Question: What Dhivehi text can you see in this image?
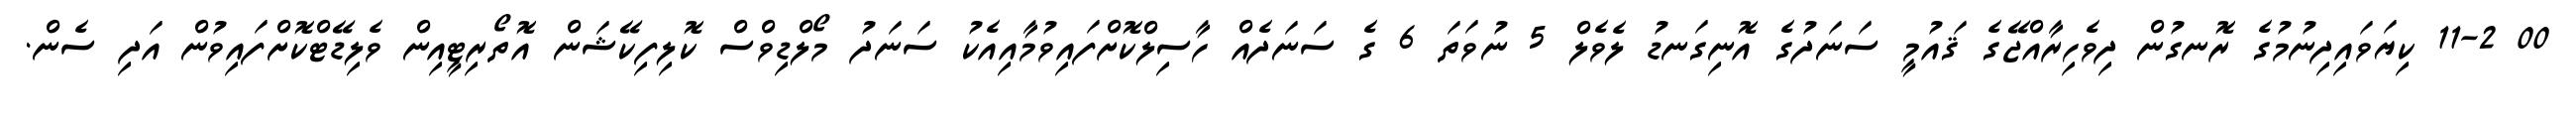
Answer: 00 11-2 ކިޔަވައިދިނުމުގެ ރޮނގުން ދިވެހިރާއްޖޭގެ ޤައުމީ ސަނަދުގެ އޮނިގަނޑު ލެވެލް 5 ނުވަތަ 6 ގެ ސަނަދެއް ހާސިލްކޮށްފައިވުމާއިއެކު ސަނަދު މޯލްޑިވްސް ކޮލިފިކޭޝަން އޮތޯރިޓީއިން ވެލިޑޭޓްކޮށްފައިވުން އަދި ސެން.